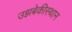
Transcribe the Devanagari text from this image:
उझबेकीस्थान